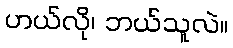
ဟယ်လို၊ ဘယ်သူလဲ။